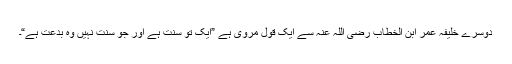
دوسرے خلیفہ عمر ابن الخطاب رضی اللہ عنہ سے ایک قول مروی ہے ”ایک تو سُنّت ہے اور جو سُنت نہیں وہ بدعت ہے“۔